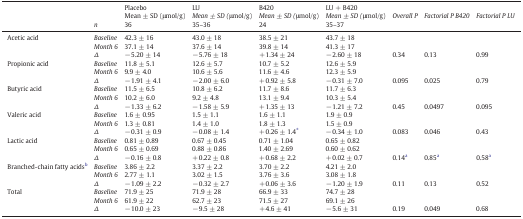
<table><thead><tr><td></td><td></td><td><b>Placebo</b></td><td><b>LU</b></td><td><b>B420</b></td><td><b>LU + B420</b></td><td rowspan="2"><b><i>Overall P</i></b></td><td rowspan="2"><b><i>Factorial P B420</i></b></td><td rowspan="2"><b><i>Factorial P LU</i></b></td></tr><tr><td></td><td></td><td><b>Mean ± SD (μmol/g)</b></td><td><b><i>Mean</i> <i>±</i> <i>SD (</i>μmol/g)</b></td><td><b><i>Mean</i> <i>±</i> <i>SD (</i>μmol/g)</b></td><td><b><i>Mean</i> <i>±</i> <i>SD (</i>μmol/g)</b></td></tr><tr><td></td><td><b><i>n</i></b></td><td><b>36</b></td><td><b>35–36</b></td><td><b>24</b></td><td><b>35–37</b></td><td></td><td></td><td></td></tr></thead><tbody><tr><td rowspan="3">Acetic acid</td><td><i>Baseline</i></td><td>42.3 ± 16</td><td>43.0 ± 18</td><td>38.5 ± 21</td><td>43.7 ± 18</td><td></td><td></td><td></td></tr><tr><td><i>Month 6</i></td><td>37.1 ± 14</td><td>37.6 ± 14</td><td>39.8 ± 14</td><td>41.3 ± 17</td><td></td><td></td><td></td></tr><tr><td><i>Δ</i></td><td>− 5.20 ± 14</td><td>− 5.76 ± 18</td><td>+ 1.34 ± 24</td><td>− 2.60 ± 18</td><td>0.34</td><td>0.13</td><td>0.99</td></tr><tr><td rowspan="3">Propionic acid</td><td><i>Baseline</i></td><td>11.8 ± 5.1</td><td>12.6 ± 5.7</td><td>10.7 ± 5.2</td><td>12.6 ± 5.9</td><td></td><td></td><td></td></tr><tr><td><i>Month 6</i></td><td>9.9 ± 4.0</td><td>10.6 ± 5.6</td><td>11.6 ± 4.6</td><td>12.3 ± 5.9</td><td></td><td></td><td></td></tr><tr><td><i>Δ</i></td><td>− 1.91 ± 4.1</td><td>− 2.00 ± 6.0</td><td>+ 0.92 ± 5.8</td><td>− 0.31 ± 7.0</td><td>0.095</td><td>0.025</td><td>0.79</td></tr><tr><td rowspan="3">Butyric acid</td><td><i>Baseline</i></td><td>11.5 ± 6.5</td><td>10.8 ± 6.2</td><td>11.7 ± 8.6</td><td>11.7 ± 6.3</td><td></td><td></td><td></td></tr><tr><td><i>Month 6</i></td><td>10.2 ± 6.0</td><td>9.2 ± 4.8</td><td>13.1 ± 9.4</td><td>10.3 ± 5.4</td><td></td><td></td><td></td></tr><tr><td><i>Δ</i></td><td>− 1.33 ± 6.2</td><td>− 1.58 ± 5.9</td><td>+ 1.35 ± 13</td><td>− 1.21 ± 7.2</td><td>0.45</td><td>0.0497</td><td>0.095</td></tr><tr><td rowspan="3">Valeric acid</td><td><i>Baseline</i></td><td>1.6 ± 0.95</td><td>1.5 ± 1.1</td><td>1.6 ± 1.1</td><td>1.9 ± 0.9</td><td></td><td></td><td></td></tr><tr><td><i>Month 6</i></td><td>1.3 ± 0.81</td><td>1.4 ± 1.0</td><td>1.8 ± 1.3</td><td>1.5 ± 0.9</td><td></td><td></td><td></td></tr><tr><td><i>Δ</i></td><td>− 0.31 ± 0.9</td><td>− 0.08 ± 1.4</td><td>+ 0.26 ± 1.4⁎</td><td>− 0.34 ± 1.0</td><td>0.083</td><td>0.046</td><td>0.43</td></tr><tr><td rowspan="3">Lactic acid</td><td><i>Baseline</i></td><td>0.81 ± 0.89</td><td>0.67 ± 0.45</td><td>0.71 ± 1.04</td><td>0.65 ± 0.82</td><td></td><td></td><td></td></tr><tr><td><i>Month 6</i></td><td>0.65 ± 0.69</td><td>0.88 ± 0.86</td><td>1.40 ± 2.69</td><td>0.60 ± 0.62</td><td></td><td></td><td></td></tr><tr><td><i>Δ</i></td><td>− 0.16 ± 0.8</td><td>+ 0.22 ± 0.8</td><td>+ 0.68 ± 2.2</td><td>+ 0.02 ± 0.7</td><td>0.14a</td><td>0.85a</td><td>0.58a</td></tr><tr><td rowspan="3">Branched-chain fatty acidsb</td><td><i>Baseline</i></td><td>3.86 ± 2.2</td><td>3.37 ± 2.2</td><td>3.70 ± 2.2</td><td>4.21 ± 2.0</td><td></td><td></td><td></td></tr><tr><td><i>Month 6</i></td><td>2.77 ± 1.1</td><td>3.02 ± 1.5</td><td>3.76 ± 3.6</td><td>3.08 ± 1.8</td><td></td><td></td><td></td></tr><tr><td><i>Δ</i></td><td>− 1.09 ± 2.2</td><td>− 0.32 ± 2.7</td><td>+ 0.06 ± 3.6</td><td>− 1.20 ± 1.9</td><td>0.11</td><td>0.13</td><td>0.52</td></tr><tr><td rowspan="3">Total</td><td><i>Baseline</i></td><td>71.9 ± 25</td><td>71.9 ± 28</td><td>66.9 ± 33</td><td>74.7 ± 28</td><td></td><td></td><td></td></tr><tr><td><i>Month 6</i></td><td>61.9 ± 22</td><td>62.7 ± 23</td><td>71.5 ± 27</td><td>69.1 ± 26</td><td></td><td></td><td></td></tr><tr><td><i>Δ</i></td><td>− 10.0 ± 23</td><td>− 9.5 ± 28</td><td>+ 4.6 ± 41</td><td>− 5.6 ± 31</td><td>0.19</td><td>0.049</td><td>0.68</td></tr></tbody></table>